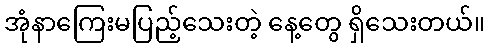
အုံနာကြေးမပြည့်သေးတဲ့ နေ့တွေ ရှိသေးတယ်။